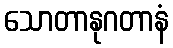
သောတာနုဂတာနံ